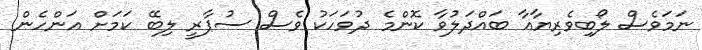
ނަމަވެސް ލޯބިވެރިޔާއާ ބައްދަލުވާ ކޮންމެ ދުވަހަކު ވެސް ސުޕާރީ ލިބޭ ކަމަށް އަންހެން